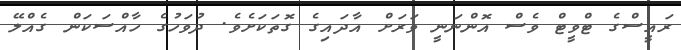
ރައީސްގެ ޓްވީޓް ވެސް އޮންނަނީ ވަރަށް އާދައިގެ ގޮތަކަށެވެ. ދުވަހުގެ ހާއްސަކަން ގެއްލޭ